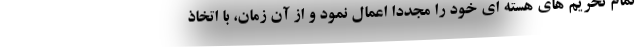
تمام تحریم های هسته ای خود را مجدداً اعمال نمود و از آن زمان، با اتخاذ